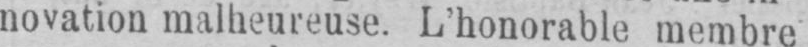
novation malheureuse. L’honorable membre